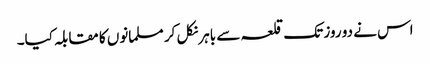
اس نے دو روز تک قلعہ سے باہر نکل کر مسلمانوں کا مقابلہ کیا۔